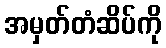
အမှတ်တံဆိပ်ကို